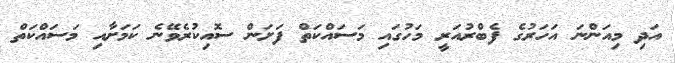
އަދި މިއަންނަ އަހަރުގެ ފެބްރުއަރީ މަހުގައި މަސައްކަތް ފަށަން ސޮއިކުރެވޭނެ ކަމަށާއި މަސައްކަތް